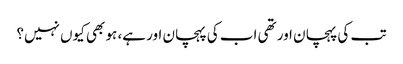
تب کی پہچان اور تھی اب کی پہچان اور ہے، ہو بھی کیوں نہیں؟